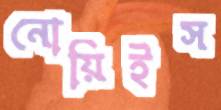
নোয়িইস